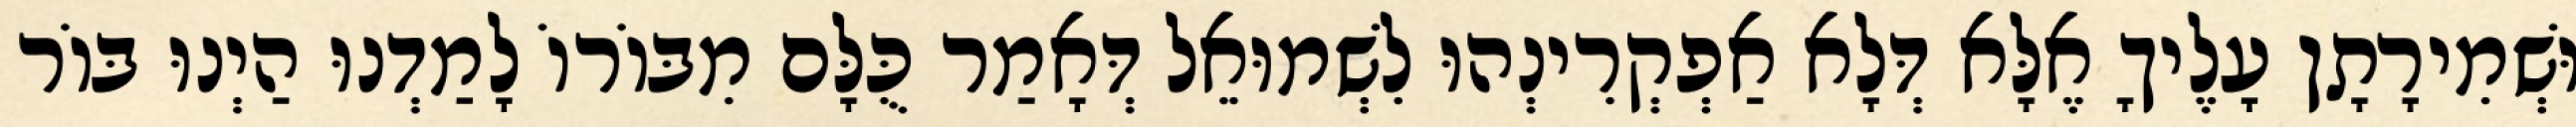
וּשְׁמִירָתָן עָלֶיךָ אֶלָּא דְּלָא אַפְקְרִינְהוּ לִשְׁמוּאֵל דְּאָמַר כֻּלָּם מִבּוֹרוֹ לָמַדְנוּ הַיְנוּ בּוֹר